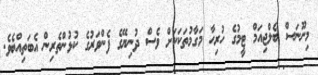
މިނޫނަސް ބެލްޖިއަމް ޓީމުގެ ހުރިހާ މަގާމުތަކަކަށް ވެސް ދުނިޔޭގެ ފެންވަރުގެ ކުޅުންތެރިން އެބަތިއްބެވެ.